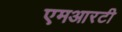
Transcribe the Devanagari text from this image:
एमआरटी